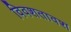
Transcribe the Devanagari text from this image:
विवशतावश